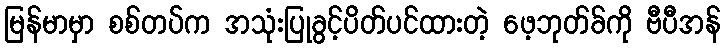
မြန်မာမှာ စစ်တပ်က အသုံးပြုခွင့်ပိတ်ပင်ထားတဲ့ ဖေ့ဘုတ်ခ်ကို ဗီပီအန်